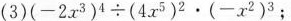
(3)$$( - 2 x ^ { 3 } ) ^ { 5} \div ( 4 x ^ { 5 } ) ^ { 2 } \cdot ( - x ^ { 2 } ) ^ { 3 }$$；